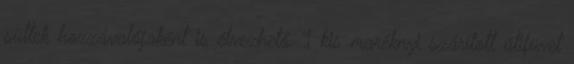
sültek hozzávalójaként is élvezhető. 1 kis maréknyi szárított útifüvet